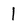
Character: 1